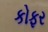
કોફર